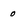
Character: o